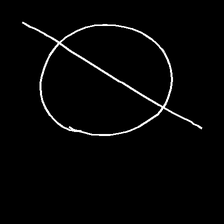
Glyph: orb